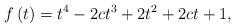
LaTeX: \begin{align*}f\left( t\right) =t^{4}-2ct^{3}+2t^{2}+2ct+1,\end{align*}